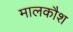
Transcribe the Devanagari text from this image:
मालकौश